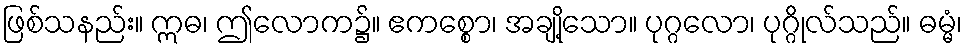
ဖြစ်သနည်း။ ဣဓ၊ ဤလောက၌။ ဧကစ္စော၊ အချို့သော။ ပုဂ္ဂလော၊ ပုဂ္ဂိုလ်သည်။ ဓမ္မံ၊